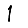
Digit: 1